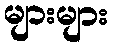
များများ